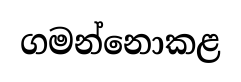
ගමන්නොකළ